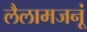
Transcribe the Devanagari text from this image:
लैलामजनूं